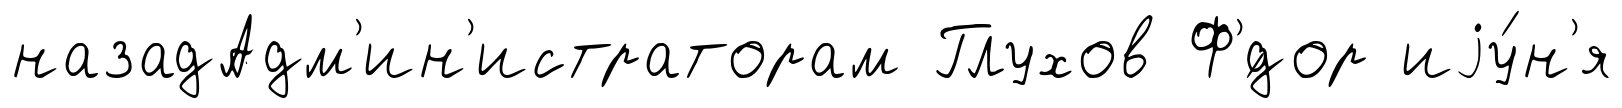
назадАдм'ин'истраторам Глухов Ф'́дор иjу́н'я